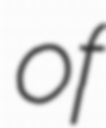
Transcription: of